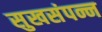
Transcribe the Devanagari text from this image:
सुखसंपन्न